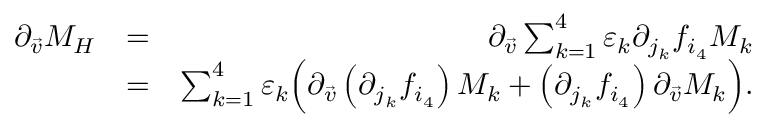
\begin{array} { r l r } { \partial _ { \vec { v } } M _ { H } } & { = } & { \partial _ { \vec { v } } \sum _ { k = 1 } ^ { 4 } \varepsilon _ { k } \partial _ { j _ { k } } f _ { i _ { 4 } } M _ { k } } \\ & { = } & { \sum _ { k = 1 } ^ { 4 } \varepsilon _ { k } \Big ( \partial _ { \vec { v } } \left( \partial _ { j _ { k } } f _ { i _ { 4 } } \right) M _ { k } + \left( \partial _ { j _ { k } } f _ { i _ { 4 } } \right) \partial _ { \vec { v } } M _ { k } \Big ) . } \end{array}